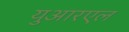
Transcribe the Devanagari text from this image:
युआरएल